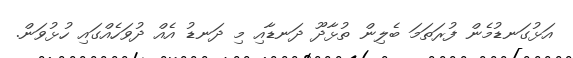
އަޅުގަނޑުމެން ފުރަތަމަ ބެލިން ތުޅާދޫ ދަނޑާއި މި ދަނޑު އެއް ދުވަހެއްގައި ހުޅުވަން.